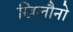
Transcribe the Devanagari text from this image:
खिलौनो